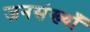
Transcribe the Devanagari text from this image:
जनसंख्याँ